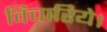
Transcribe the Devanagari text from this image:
विचारिये।